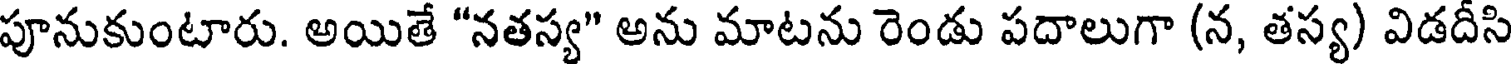
పూనుకుంటారు. అయితే "నతస్య" అను మాటను రెండు పదాలుగా (న, తస్య) విడదీసి